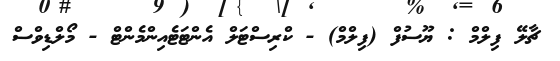
ޗާލޭ ފިލްމް : ޔޫސުފް (ފިލްމް) - ކްރިސްޓަލް އެންޓަޓެއިންމެންޓް - މޯލްޑިވްސް